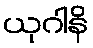
ယုဂါနိ